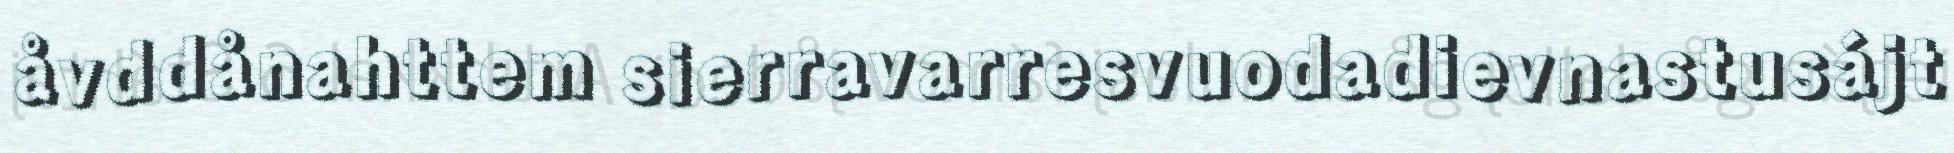
åvddånahttem sierravarresvuodadievnastusájt